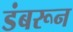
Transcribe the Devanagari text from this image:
डंबरून